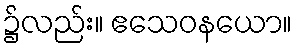
၌လည်း။ ဧသေဝနယော။